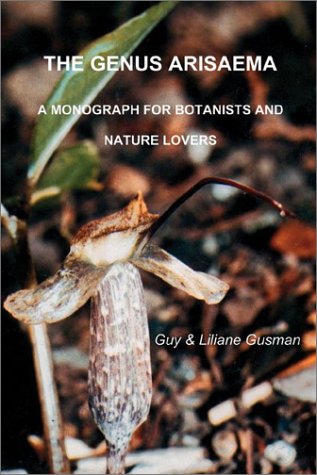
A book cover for The Genus Arisaema: A Monograph for Botanists and Nature Lovers; Guy Gusman; Crafts, Hobbies & Home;